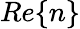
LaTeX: Re\{ n\}